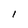
Character: l